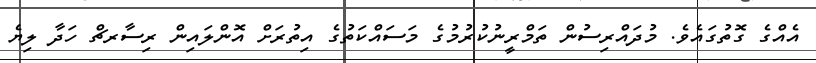
އެއްގެ ގޮތުގައެވެ. މުދައްރިސުން ތަމްރީނުކުރުމުގެ މަސައްކަތުގެ އިތުރަށް އޮންލައިން ރިސާރޗް ހަދާ ލިޔެ